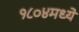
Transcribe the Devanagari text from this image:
१८०४मध्ये